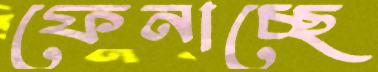
ফেনাচ্ছে